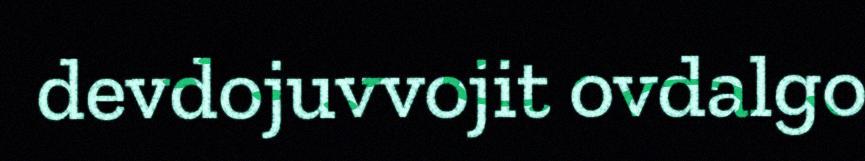
devdojuvvojit ovdalgo